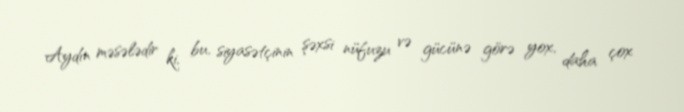
Aydın məsələdir ki, bu, siyasətçinin şəxsi nüfuzu və gücünə görə yox, daha çox